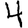
Digit: 4